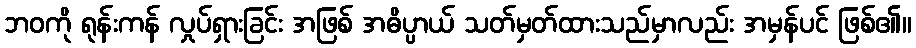
ဘဝကို ရုန်းကန် လှုပ်ရှားခြင်း အဖြစ် အဓိပ္ပာယ် သတ်မှတ်ထားသည်မှာလည်း အမှန်ပင် ဖြစ်၏။